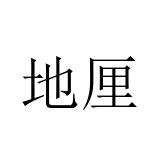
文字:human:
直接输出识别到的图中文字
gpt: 地厘